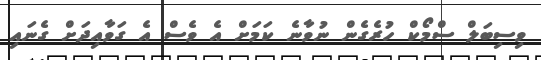
ވިސިބަލް ސްމޯކް ހުރެގެން ނުވާނެ ކަމަށް އެ ވެސް އެ ގަވާއިދަށް ގެނައި